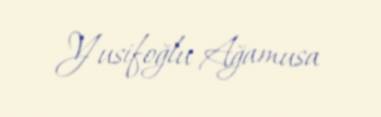
Yusifoğlu Ağamusa